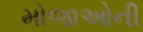
મોજાઓની